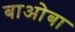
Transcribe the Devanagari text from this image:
बाओबा